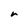
Character: r